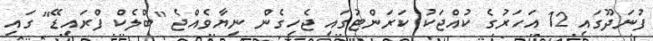
ފުނަދޫގައި 12 އަހަރުގެ ކުއްޖަކު ކަރަންޓުގައި ޖެހިގެން ނިޔާވެއްޖެ "ބްލެކް ފްރައިޑޭ" ގައި